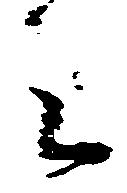
之